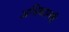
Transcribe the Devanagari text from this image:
अधिकारणी